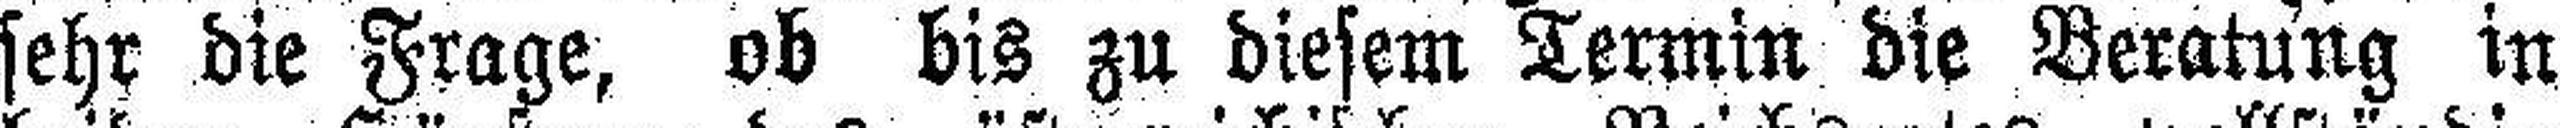
sehr die Frage, ob bis zu diesem Termin die Beratung in